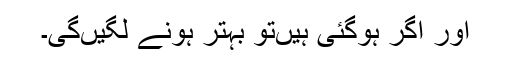
اور اگر ہوگئی ہیں‌تو بہتر ہونے لگیں‌گی۔